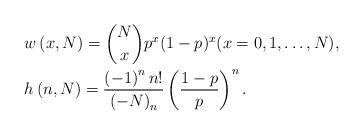
LaTeX: \begin{align*}& w\left( {x,N} \right) = \binom{N}{x} p^x (1-p)^x (x = 0,1, \ldots ,N ), \\ & h\left( {n,N} \right) = \frac{{\left( { - 1} \right)^n n!}}{{\left( { - N} \right)_n }}\left( {\frac{{1 - p}}{p}} \right)^n .\end{align*}